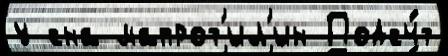
у сна мапрот'ил'ин Подсч́т